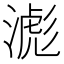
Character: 滮